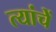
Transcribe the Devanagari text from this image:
त्यांचेेें